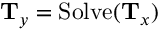
\mathbf { T } _ { \boldsymbol { y } } = \operatorname { S o l v e } ( \mathbf { T } _ { \boldsymbol { x } } )